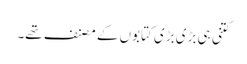
کتنی ہی بڑی بڑی کتابوں کے مصنف تھے۔